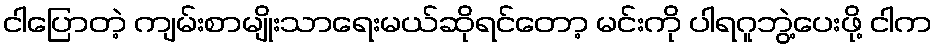
ငါပြောတဲ့ ကျမ်းစာမျိုးသာရေးမယ်ဆိုရင်တော့ မင်းကို ပါရဂူဘွဲ့ပေးဖို့ ငါက